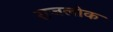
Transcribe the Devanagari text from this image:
राजलोक